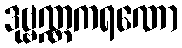
ဒုဗ္ဗဏ္ဏကရဏော